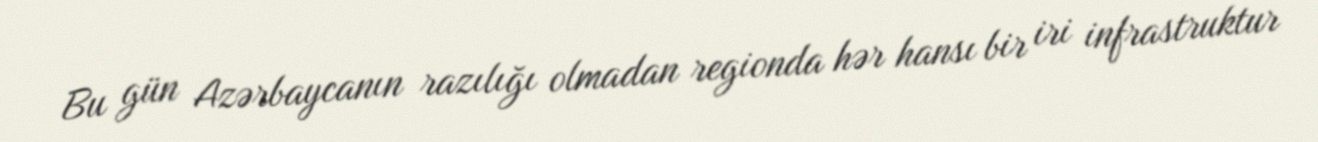
Bu gün Azərbaycanın razılığı olmadan regionda hər hansı bir iri infrastruktur